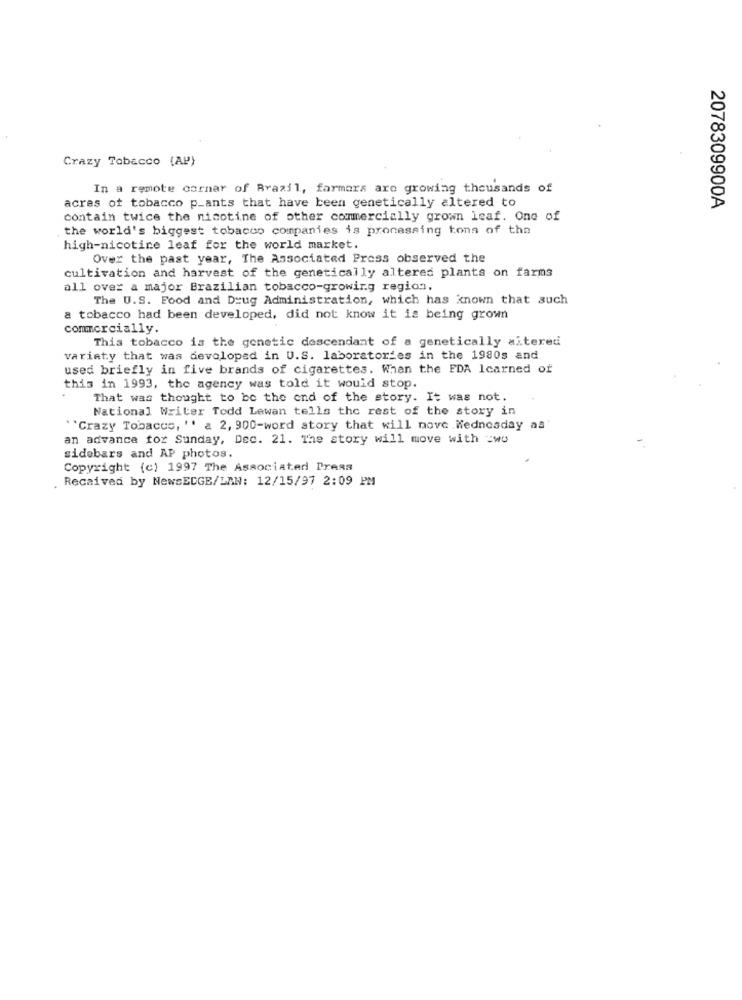
Crazy Tobacco (AP)
In a remote corner of Brazil, farmers are growing thousands of
acres of tobacco p_ants that have been genetically altered to
2078309900A
contain twice the nicotine of other commercially grown leaf. One of
the world's biggest tobacco companies is processing tons of the
high-nicotine leaf for the world market.
Over the past year, The Associated Press observed the
cultivation and harvest of the genetically altered plants on farms
all over a major Brazilian tobacco-growing region.
The U.S. Food and Drug Administration, which has known that such
a tobacco had been developed, did not know it is being grown
commercially.
This tobacco is the genetic descendant of a genetically altered
variety that was developed in U.S. laboratories in the 1980s and
used briefly in five brands of cigarettes. When the FDA learned of
this in 1993, the agency was told it would stop.
That was thought to be the end of the story. It was not.
National Writer Todd Lewan tells the rest of the story in
``Crazy Tobacco, " a 2, 900-word story that will nove Wednesday as'
an advance for Sunday, Dec. 21. The story will move with =wo
sidebars and AP photos.
Copyright (c) 1997 The Associated Press
. Recaived by NewsEDGE/LAN: 12/15/97 2:09 PM